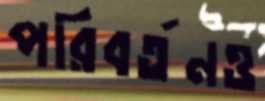
পরিবর্তনও